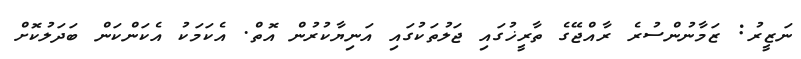
ނަޒީރު: ޒަމާނުންސުރެ ރާއްޖޭގެ ތާރީޚުގައި ޖަލުތަކުގައި އަނިޔާކުރުން އޮތް. އެކަމަކު އެކަންކަން ބަދަލުކޮށް